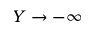
Y \rightarrow - \infty